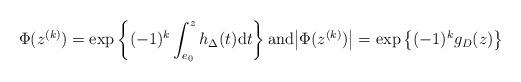
LaTeX: \begin{align*}\Phi(z^{(k)}) = \exp\left\{(-1)^k\int_{e_0}^zh_\Delta(t)\mathrm{d}t\right\} \mbox{and} \big|\Phi(z^{(k)})\big|=\exp\left\{(-1)^kg_D(z)\right\}\end{align*}